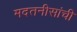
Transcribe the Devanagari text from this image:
मदतनीसांची